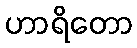
ဟာရိတော